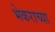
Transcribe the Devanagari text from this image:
भेकराच्या